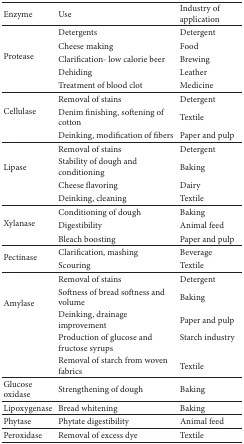
<table><thead><tr><td><b>Enzyme</b></td><td><b>Use </b></td><td><b>Industry of application</b></td></tr></thead><tbody><tr><td rowspan="5">Protease</td><td>Detergents</td><td>Detergent </td></tr><tr><td>Cheese making</td><td>Food</td></tr><tr><td>Clarification- low calorie beer</td><td>Brewing</td></tr><tr><td>Dehiding</td><td>Leather</td></tr><tr><td>Treatment of blood clot</td><td>Medicine</td></tr><tr><td rowspan="3">Cellulase</td><td>Removal of stains</td><td>Detergent </td></tr><tr><td>Denim finishing, softening of cotton</td><td>Textile</td></tr><tr><td>Deinking, modification of fibers</td><td>Paper and pulp</td></tr><tr><td rowspan="4">Lipase</td><td>Removal of stains</td><td>Detergent </td></tr><tr><td>Stability of dough and conditioning</td><td>Baking</td></tr><tr><td>Cheese flavoring</td><td>Dairy </td></tr><tr><td>Deinking, cleaning</td><td>Textile</td></tr><tr><td rowspan="3">Xylanase</td><td>Conditioning of dough</td><td>Baking</td></tr><tr><td>Digestibility</td><td>Animal feed</td></tr><tr><td>Bleach boosting</td><td>Paper and pulp</td></tr><tr><td rowspan="2">Pectinase</td><td>Clarification, mashing</td><td>Beverage</td></tr><tr><td>Scouring</td><td>Textile</td></tr><tr><td rowspan="5">Amylase</td><td>Removal of stains</td><td>Detergent </td></tr><tr><td>Softness of bread softness and volume</td><td>Baking</td></tr><tr><td>Deinking, drainage improvement</td><td>Paper and pulp</td></tr><tr><td>Production of glucose and fructose syrups</td><td>Starch industry</td></tr><tr><td>Removal of starch from woven fabrics</td><td>Textile</td></tr><tr><td>Glucose oxidase</td><td>Strengthening of dough</td><td>Baking</td></tr><tr><td>Lipoxygenase</td><td>Bread whitening</td><td>Baking</td></tr><tr><td>Phytase</td><td>Phytate digestibility </td><td>Animal feed</td></tr><tr><td>Peroxidase </td><td>Removal of excess dye</td><td>Textile</td></tr></tbody></table>